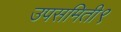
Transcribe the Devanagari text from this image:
उपसमिती९